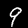
Digit: 9